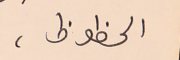
الحظوظ،